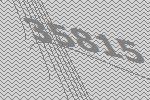
35815